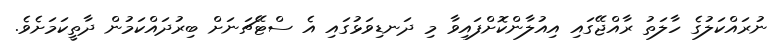
ނުރައްކަލުގެ ހާލަތު ރާއްޖޭގައި އިއުލާންކޮށްފައިވާ މި ދަނޑިވަޅުގައި އެ ސްޓޭޗަނަށް ބިރުދައްކަމުން ދާތީކަމަށެވެ.